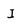
Character: I